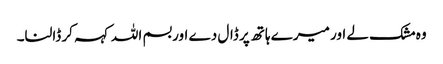
وہ مشک لے اور میرے ہاتھ پر ڈال دے اور بسم اللہ کہہ کر ڈالنا۔